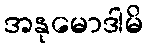
အနုမောဒါမိ